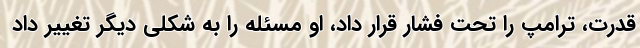
قدرت، ترامپ را تحت فشار قرار داد، او مسئله را به شکلی دیگر تغییر داد